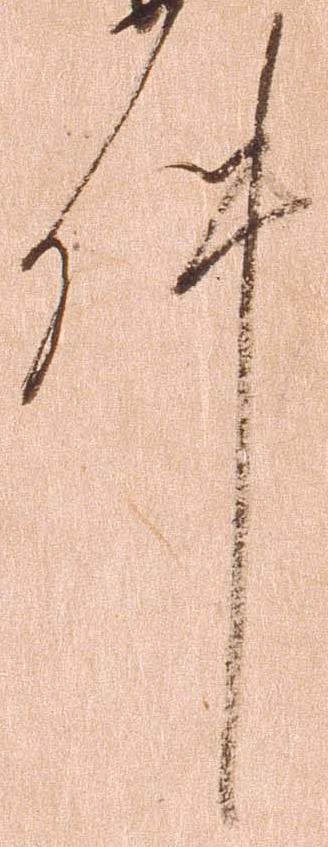
件